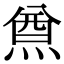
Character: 𤋃